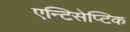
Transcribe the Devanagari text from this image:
एन्टिसेप्टिक